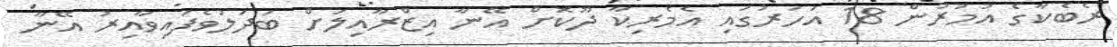
ރެބެކާގެ އުމުރުން 18 އަހަރުގައި އެމެރިކާ ދޫކޮށް އޭނާ އިޒްރާއިލަށް ބަދަލުވެފައިވާއިރު އޭނާ